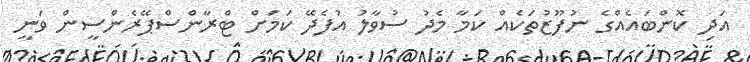
އަދި ކޮންބައެއްގެ ނުފޫޒުތަކެއް ކަމާ މެދު ސުވާލު އުފެދޭ ކަމަށް ޓްރާންސްޕޭރެންސީން ވަނީ